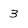
Character: 3